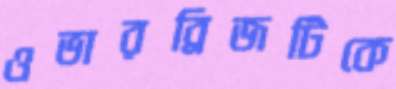
ওভারব্রিজটিকে